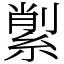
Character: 𦂗